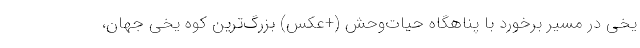
یخی در مسیر برخورد با پناهگاه حیات‌وحش (+عکس) بزرگ‌ترین کوه یخی جهان،